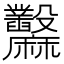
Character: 𪎲